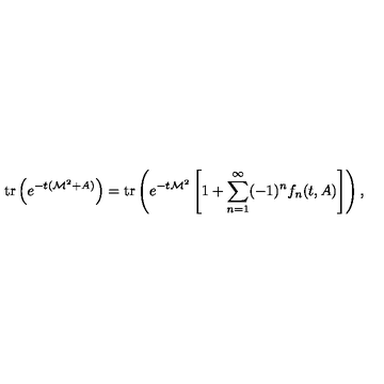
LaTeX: \mathrm { t r } \left( e ^ { - t ( { \cal M } ^ { 2 } + A ) } \right) = \mathrm { t r } \left( e ^ { - t { \cal M } ^ { 2 } } \left[ 1 + \sum _ { n = 1 } ^ { \infty } ( - 1 ) ^ { n } f _ { n } ( t , A ) \right] \right) ,